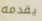
يقدمه